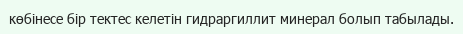
көбінесе бір тектес келетін гидраргиллит минерал болып табылады.